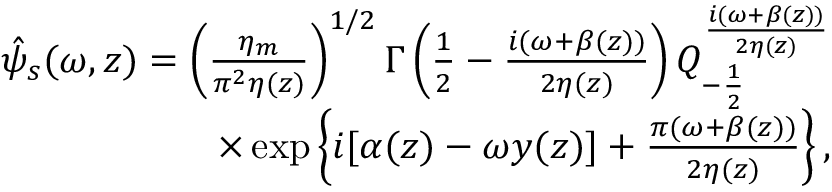
\begin{array} { r l r } & { } & { \hat { \psi } _ { s } ( \omega , z ) = \left( \frac { \eta _ { m } } { \pi ^ { 2 } \eta ( z ) } \right) ^ { 1 / 2 } \Gamma \left( \frac { 1 } { 2 } - \frac { i ( \omega + \beta ( z ) ) } { 2 \eta ( z ) } \right) Q _ { - \frac { 1 } { 2 } } ^ { \frac { i ( \omega + \beta ( z ) ) } { 2 \eta ( z ) } } } \\ & { } & { \times \exp \left\{ i [ \alpha ( z ) - \omega y ( z ) ] + \frac { \pi ( \omega + \beta ( z ) ) } { 2 \eta ( z ) } \right\} , } \end{array}